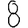
Digit: 8